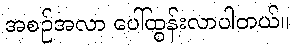
အစဉ်အလာ ပေါ်ထွန်းလာပါတယ်။